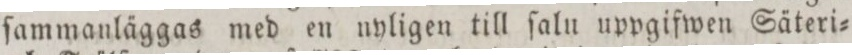
ſammanläggas med en nyligen till ſalu uppgifwen Säteri=